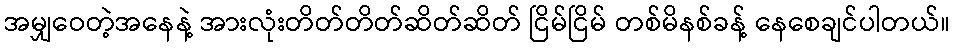
အမျှဝေတဲ့အနေနဲ့ အားလုံးတိတ်တိတ်ဆိတ်ဆိတ် ငြိမ်ငြိမ် တစ်မိနစ်ခန့် နေစေချင်ပါတယ်။